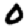
Digit: 0